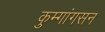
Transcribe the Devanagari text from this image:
कुम्गांगसन